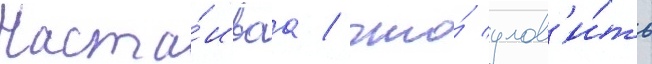
Наста́иваа / что́ улов'и́ть